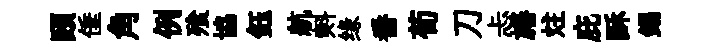
頤倕角例飱協鈺航㪺缘番荀刀忐旛炷庇酥錫